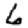
Digit: 6